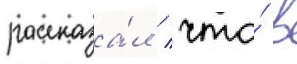
рассказа́л / что́ в